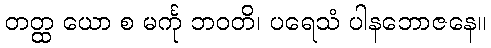
တတ္ထ ယော စ မင်္ကု ဘဝတိ၊ ပရေသံ ပါနဘောဇနေ။